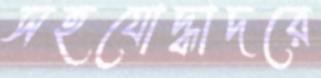
সহযোদ্ধাদরে